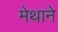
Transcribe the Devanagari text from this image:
मेथाने